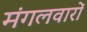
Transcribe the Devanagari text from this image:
मंगलवारों